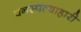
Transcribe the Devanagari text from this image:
वनस्पत्याहारी